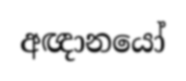
අඥානයෝ